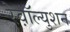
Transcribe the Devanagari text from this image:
रेव़ाॅल्युशन